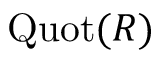
\operatorname { Q u o t } ( R )